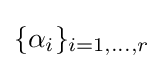
\{\alpha _{i}\}_{i=1,\dots ,r}